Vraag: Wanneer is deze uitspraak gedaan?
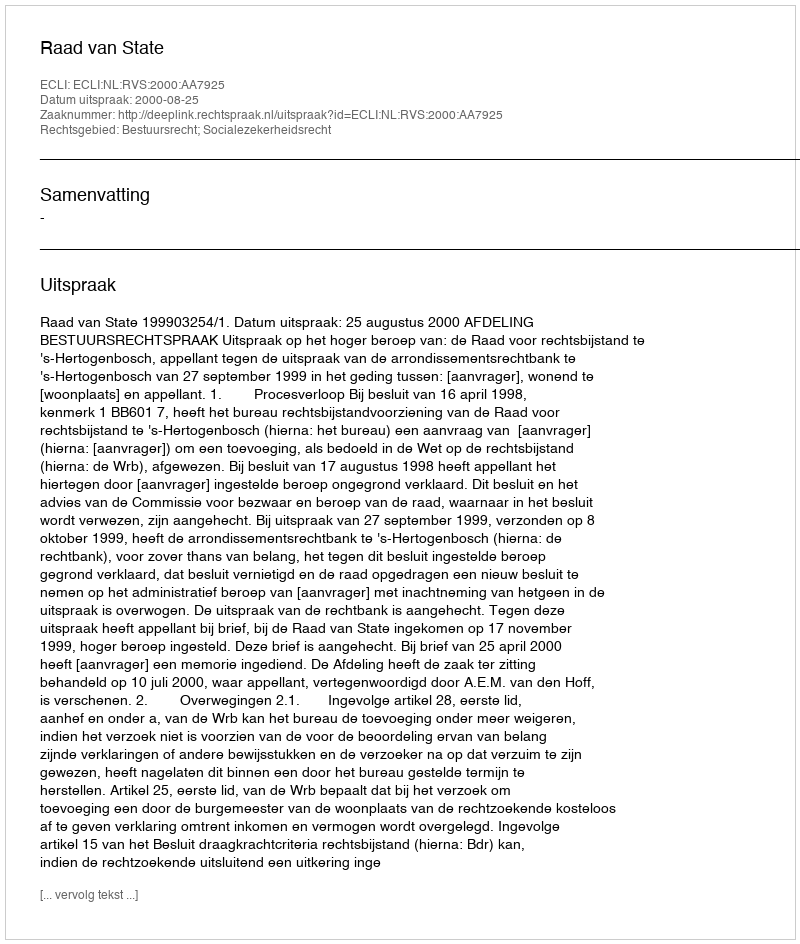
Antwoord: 2000-08-25